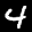
Label: 4